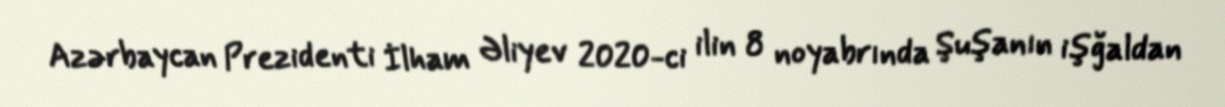
Azərbaycan Prezidenti İlham Əliyev 2020-ci ilin 8 noyabrında Şuşanın işğaldan